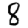
Digit: 8